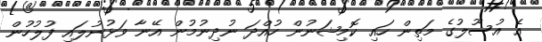
އެ އުސޫލުގެ މަތިން ހައި ކޮމިޝަނުން ހުއްދަ ނުދިނުމުން އޭނާ ވަޅުނުލައި ފުލުހުން